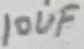
Text: 10UF